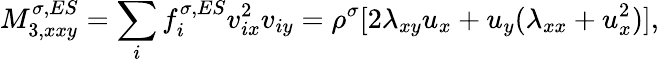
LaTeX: M_{3,xxy}^{\sigma,ES}=\sum_{i}f_{i}^{\sigma,ES}v_{ix}^{2}v_{iy}=\rho^{\sigma}[2\lambda_{xy}u_{x}+u_{y}(\lambda_{xx}+u_{x}^{2})],